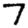
Digit: 7